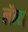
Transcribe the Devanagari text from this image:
लॅन्न